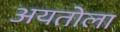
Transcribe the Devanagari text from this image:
अयतोला